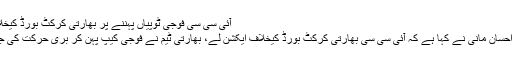
آئی سی سی فوجی ٹوپیاں پہننے پر بھارتی کرکٹ بورڈ کیخلاف ایکشن لے، احسان مانی -
کراچی : چیئرمین پی سی بی احسان مانی نے کہا ہے کہ آئی سی سی بھارتی کرکٹ بورڈ کیخلاف ایکشن لے، بھارتی ٹیم نے فوجی کیپ پہن کر بری حرکت کی جس سے ان کا معیار گرا ہے۔